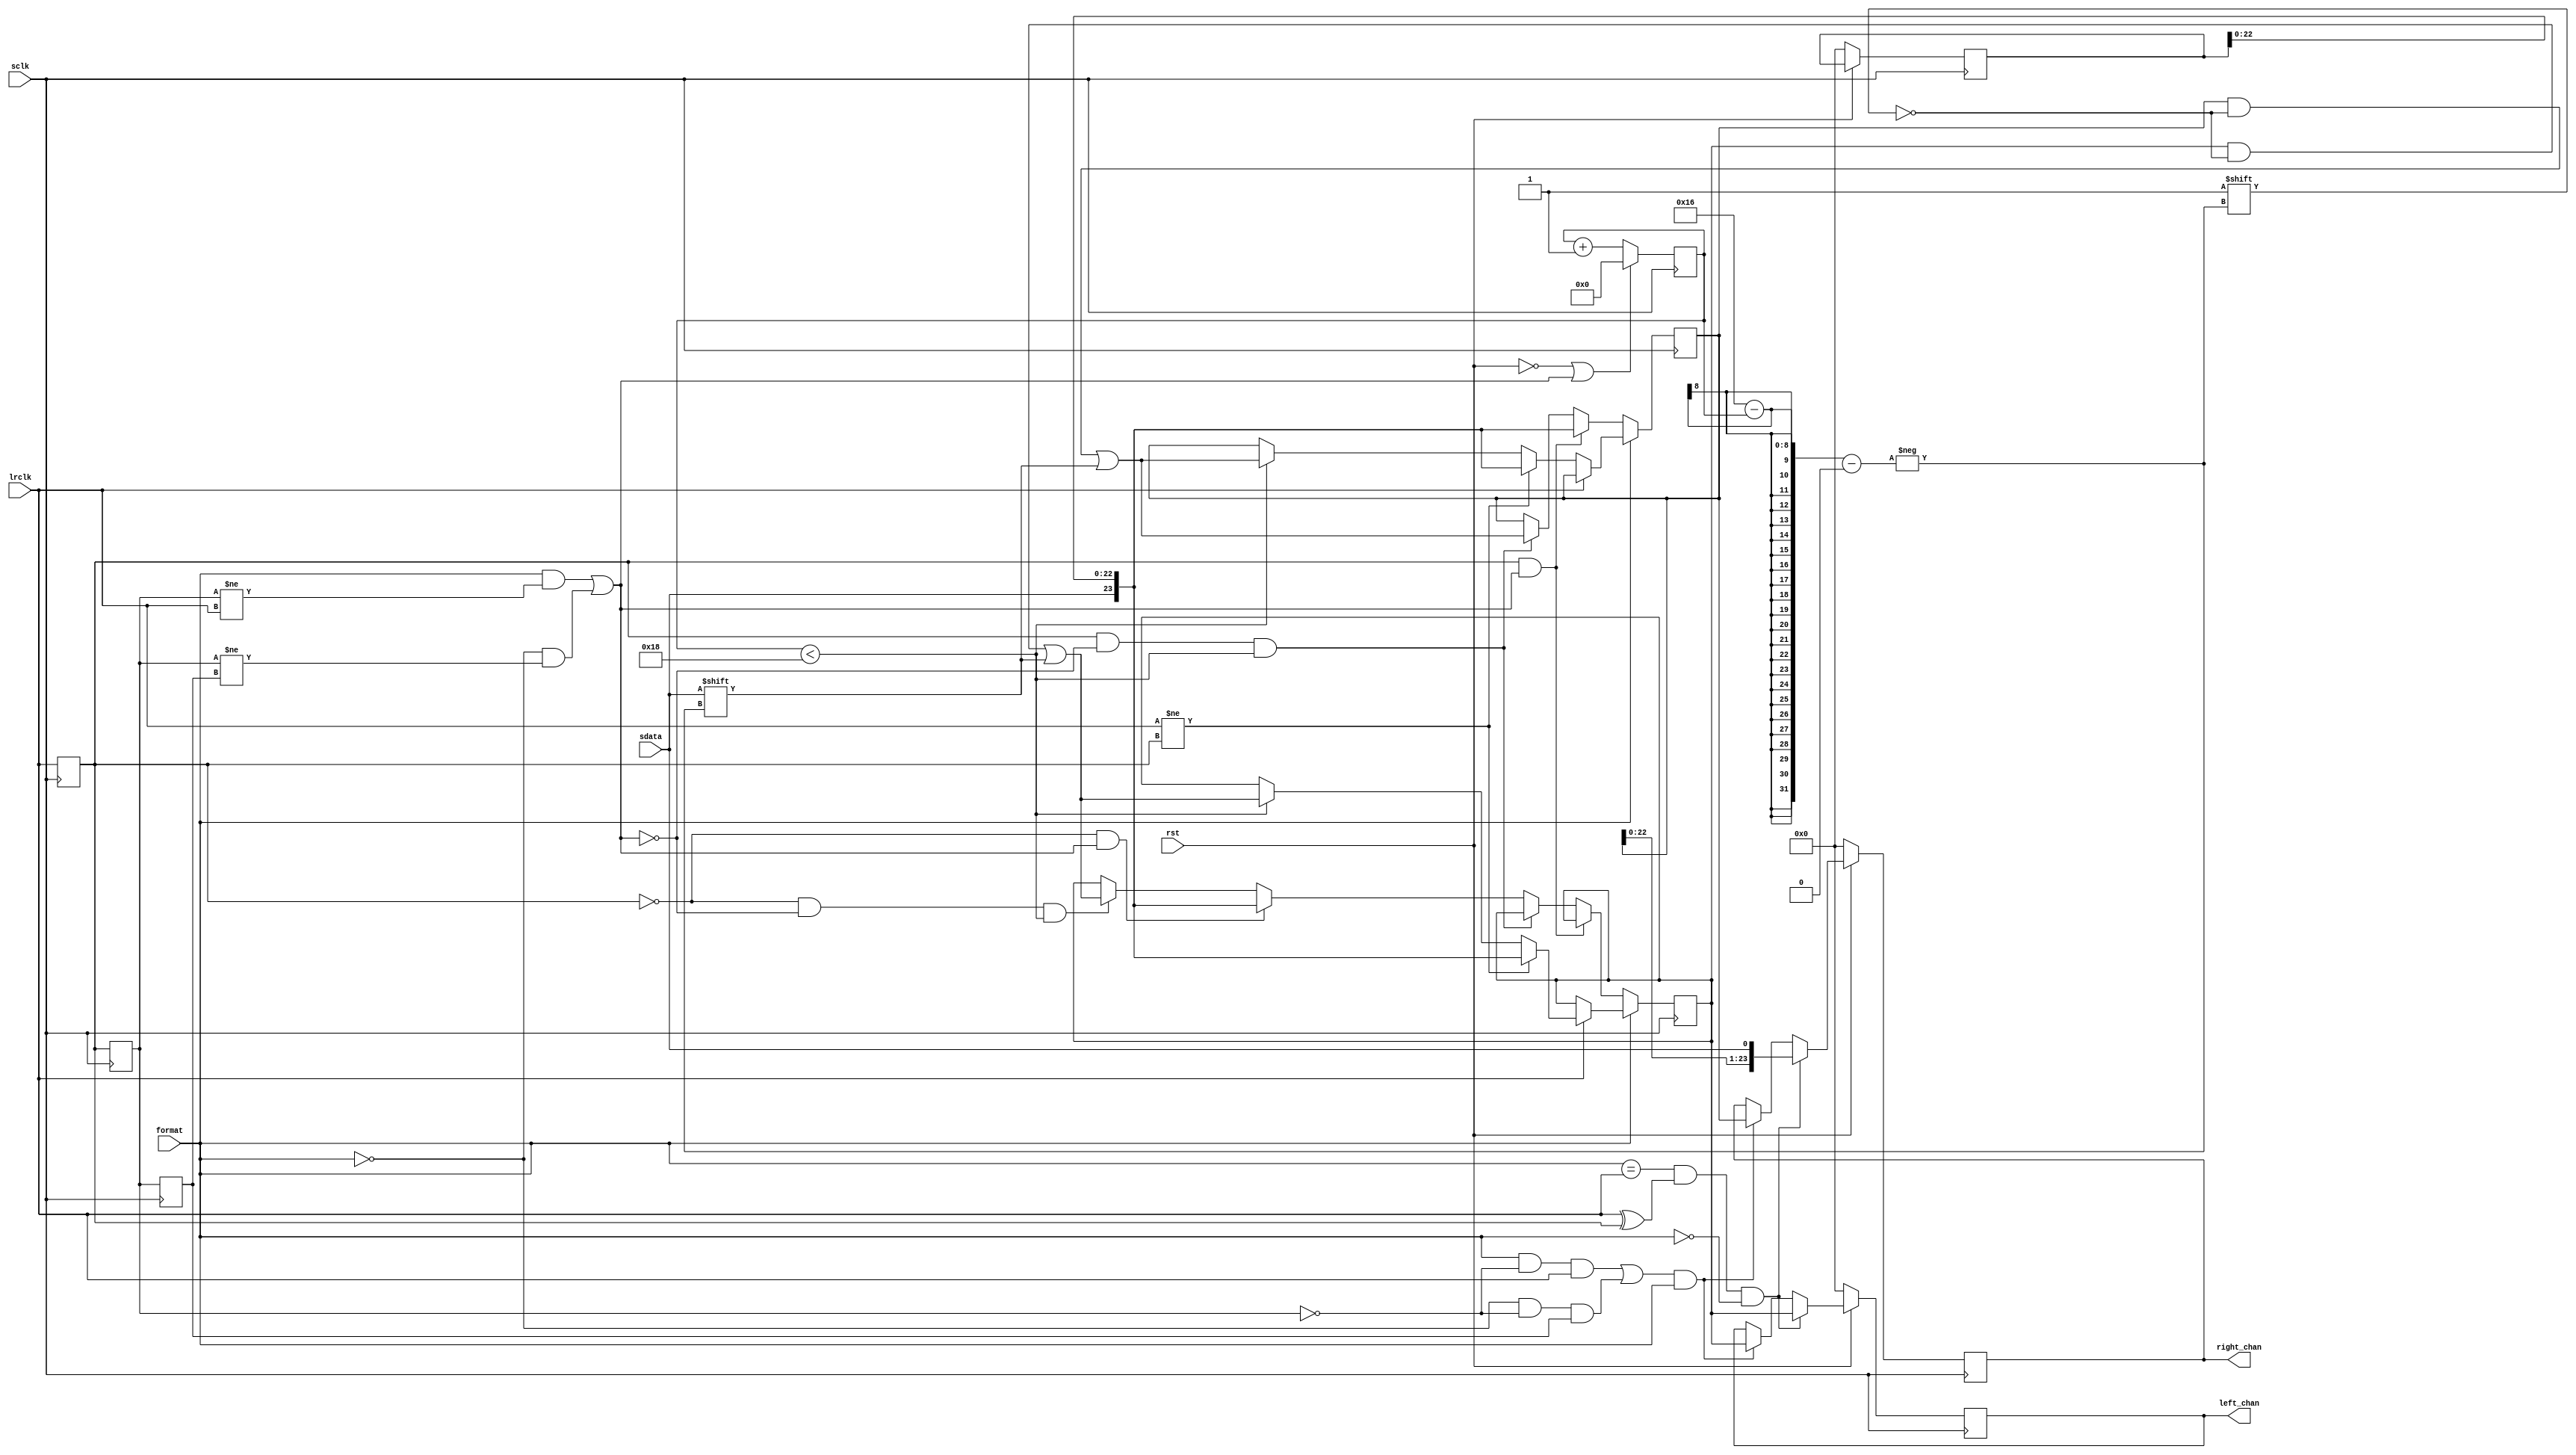
/*
 * Copyright (c) 2017, Vladimir Goncharov <hwdev@viruzzz.org>
 * Copyright (c) 2013, Stefan Kristiansson <stefan.kristiansson@saunalahti.fi>
 * All rights reserved.
 *
 * Redistribution and use in source and non-source forms, with or without
 * modification, are permitted provided that the following conditions are met:
 *     * Redistributions of source code must retain the above copyright
 *       notice, this list of conditions and the following disclaimer.
 *     * Redistributions in non-source form must reproduce the above copyright
 *       notice, this list of conditions and the following disclaimer in the
 *       documentation and/or other materials provided with the distribution.
 *
 * THIS WORK IS PROVIDED BY THE COPYRIGHT HOLDERS AND CONTRIBUTORS "AS IS"
 * AND ANY EXPRESS OR IMPLIED WARRANTIES, INCLUDING, BUT NOT LIMITED TO,
 * THE IMPLIED WARRANTIES OF MERCHANTABILITY AND FITNESS FOR A PARTICULAR
 * PURPOSE ARE DISCLAIMED. IN NO EVENT SHALL THE COPYRIGHT HOLDER OR
 * CONTRIBUTORS BE LIABLE FOR ANY DIRECT, INDIRECT, INCIDENTAL, SPECIAL,
 * EXEMPLARY, OR CONSEQUENTIAL DAMAGES (INCLUDING, BUT NOT LIMITED TO,
 * PROCUREMENT OF SUBSTITUTE GOODS OR SERVICES;
 * LOSS OF USE, DATA, OR PROFITS; OR BUSINESS INTERRUPTION) HOWEVER CAUSED AND
 * ON ANY THEORY OF LIABILITY, WHETHER IN CONTRACT, STRICT LIABILITY, OR TORT
 * (INCLUDING NEGLIGENCE OR OTHERWISE) ARISING IN ANY WAY OUT OF THE USE OF THIS
 * WORK, EVEN IF ADVISED OF THE POSSIBILITY OF SUCH DAMAGE.
 */

//this implementations have serious issue: AUDIO_DW must match actual word on channel

module i2s_rx #(
	parameter AUDIO_DW		= 24
)(
	input				rst,    //0 - reset, 1 - normal
        input                           format, //0 - I2S, 1 - LJ

	input				sclk,   //rising edge sense
	input				lrclk,
	input				sdata,

	// Parallel datastreams
	output reg [AUDIO_DW-1:0]	left_chan,
	output reg [AUDIO_DW-1:0]	right_chan
);

reg [AUDIO_DW-1:0]left;
reg [AUDIO_DW-1:0]right;
reg [AUDIO_DW-1:0]zero;
reg [7:0]       cbit;
reg		lrclk_d;
reg		lrclk_dd;
reg		lrclk_ddd;
wire		lrclk_nedge;
wire		lrclk_eof;
wire            sof;
wire            lchan;
//reg [7:0]debug;

assign lrclk_eof = (format==lrclk) && (lrclk ^ lrclk_d);
assign sof = (format && (lrclk_dd != lrclk)) ||
            (!format && (lrclk_dd != lrclk_ddd));
assign lrclk_nedge = (format && !lrclk_dd && lrclk) || 
            (!format && !lrclk_dd && lrclk_ddd );


always @(posedge sclk)
	lrclk_d <= lrclk;
always @(negedge sclk)
	lrclk_dd <= lrclk_d;
always @(negedge sclk)
	lrclk_ddd <= lrclk_dd;
    
// i2s sdata msb is valid one clock cycle after lrclk switches
// LJ  sdata msd is valid right after lrclk switches
/*
always @(posedge sclk)
    if(~format) begin //I2S
        if (lrclk_d)
            right <= {right[AUDIO_DW-2:0], sdata};
        else
            left <= {left[AUDIO_DW-2:0], sdata};
    end else begin //LJ
        if (lrclk) begin
            if(lrclk != lrclk_d)
                left <= sdata;
            else
                left <= {left[AUDIO_DW-2:0], sdata};
        end else begin
            if(lrclk != lrclk_d)
                right <= sdata;
            else
                right <= {right[AUDIO_DW-2:0], sdata};
        end
    end
*/

always @(posedge sclk)
    if(~format) begin //I2S
        if (lrclk_d && sof) //right sof
            right <= {sdata, zero[AUDIO_DW-2:0]};
        else if (lrclk_d && ~sof && cbit<AUDIO_DW)  //right
            right[AUDIO_DW-2-cbit] <= sdata;
        else if(~lrclk_d && sof) //left sof
            left <= {sdata, zero[AUDIO_DW-2:0]};
        else if(~lrclk_d && ~sof && cbit<AUDIO_DW) //left
            left[AUDIO_DW-2-cbit] <= sdata;
    end else begin //LJ
        if (lrclk) begin
            if(lrclk != lrclk_d)
                left <= {sdata, zero[AUDIO_DW-2:0]};
            else if(cbit<AUDIO_DW)
                left[AUDIO_DW-2-cbit] <= sdata;
        end else begin
            if(lrclk != lrclk_d)
                right <= {sdata, zero[AUDIO_DW-2:0]};
            else if(cbit<AUDIO_DW)
                right[AUDIO_DW-2-cbit] <= sdata;
        end
    end

    /*
always @(posedge sclk)
    if(sof)
        word1 <= {sdata, zero[AUDIO_DW-2:0]};
    else
        if(cbit<AUDIO_DW)
            word1[AUDIO_DW-2-cbit] <= sdata;
        */



always @(posedge sclk)
    if(!rst)
        zero <= 0;


always @(posedge sclk)
    if(!rst || sof)
        cbit <= 0;
    else 
        cbit <= cbit+1;
 
always @(posedge sclk)
	if (~rst) begin
		left_chan <= 0;
		right_chan <= 0;
	end else if (lrclk_eof && ~format) begin //I2S
		left_chan <= left;
		right_chan <= {right[AUDIO_DW-2:0], sdata};
	end else if (lrclk_nedge && format) begin //LJ
		right_chan <= right;
		left_chan <= left;
	end

endmodule